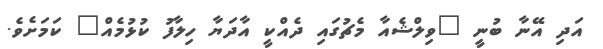
އަދި އޭނާ ބުނީ "ވިލްޝެއާ މެޗުގައި ދެއްކީ އާދަޔާ ހިލާފު ކުޅުމެއް" ކަމަށެވެ.